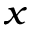
_ { x }